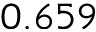
0 . 6 5 9